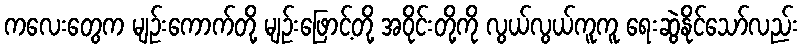
ကလေးတွေက မျဉ်းကောက်တို့ မျဉ်းဖြောင့်တို့ အဝိုင်းတို့ကို လွယ်လွယ်ကူကူ ရေးဆွဲနိုင်သော်လည်း